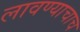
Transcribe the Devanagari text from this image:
लावण्याचाच